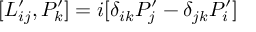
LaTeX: [ L _ { i j } ^ { \prime } , P _ { k } ^ { \prime } ] = i [ \delta _ { i k } P _ { j } ^ { \prime } - \delta _ { j k } P _ { i } ^ { \prime } ] \,